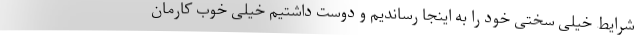
شرایط خیلی سختی خود را به اینجا رساندیم و دوست داشتیم خیلی خوب کارمان